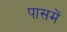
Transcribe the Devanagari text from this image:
पासमें